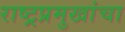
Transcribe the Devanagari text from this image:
राष्ट्रप्रमुखांचा